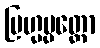
ဗြဟ္မပ္ပတ္တော